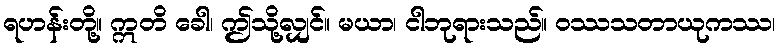
ရဟန်းတို့။ ဣတိ ခေါ၊ ဤသို့လျှင်။ မယာ၊ ငါဘုရားသည်။ ဝဿသတာယုကဿ၊